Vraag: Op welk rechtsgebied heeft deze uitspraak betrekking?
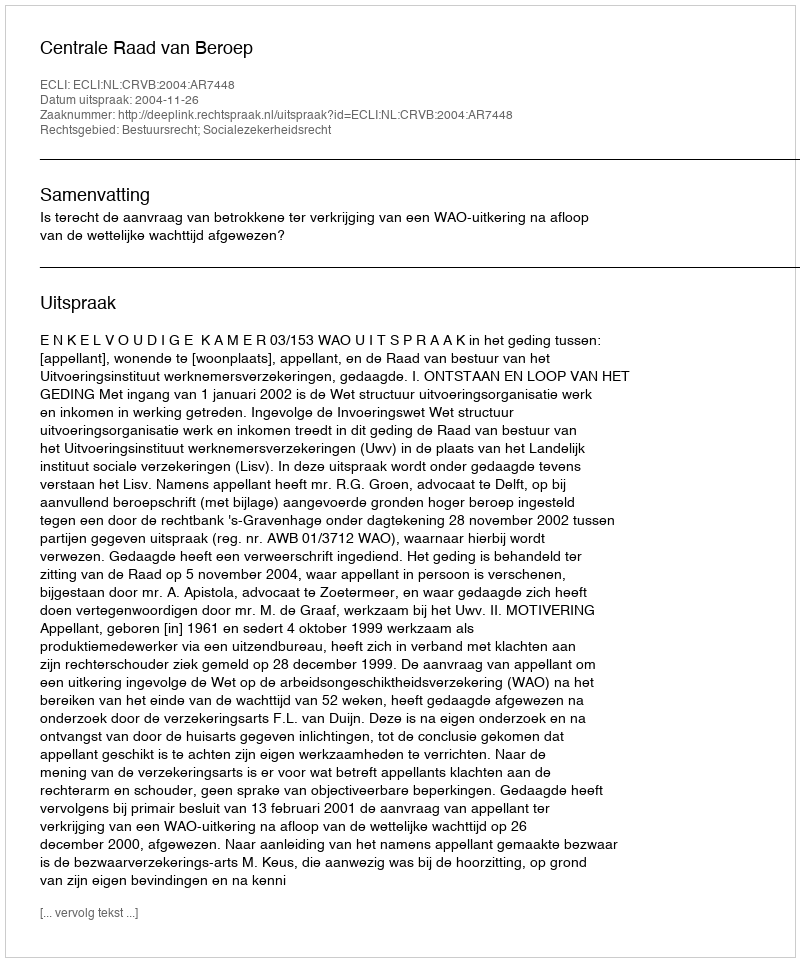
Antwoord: Bestuursrecht; Socialezekerheidsrecht